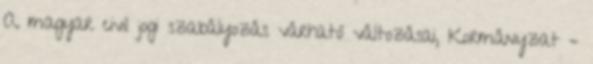
A magyar civil jogi szabályozás várható változásai, Kormányzat –